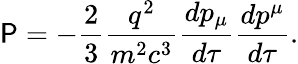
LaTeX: \mathsf{P}=-{\frac{{2}}{{3}}}{\frac{{q^{2}}}{{m^{2}c^{3}}}}{\frac{{dp_{\mu}}}{{d\tau}}}{\frac{{dp^{\mu}}}{{d\tau}}}.